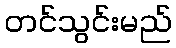
တင်သွင်းမည်